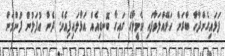
ފަޅައިގެންދާހާ ބާރަށް ހަޅޭއްލަވާފައި ކެމީލާގެ ގައިގާ ބޮނޑިއެއް އަޅާލައިފިއެވެ. ދެން އުފަލުން ފުންމަން